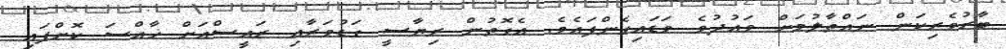
ބާރުވެރިކަން ނައްތާލުމަށް ވައުދުވެ ވަޑައިގެންފައެވެ. އެގޮތުން ރިޔާސީ ގަޑުވަރާއި ރައީސްއަށް ޚާއްސަ ކޮށްފައި